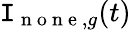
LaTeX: \mathtt{I}_{\mathrm{{~n~o~n~e~}},g}(t)